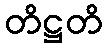
တိဋ္ဌတိ